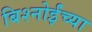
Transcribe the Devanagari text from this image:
बिश्‍नोईंच्या